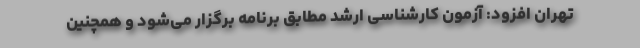
تهران افزود: آزمون کارشناسی ارشد مطابق برنامه برگزار می‌شود و همچنین